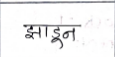
मजकूर: झाडून